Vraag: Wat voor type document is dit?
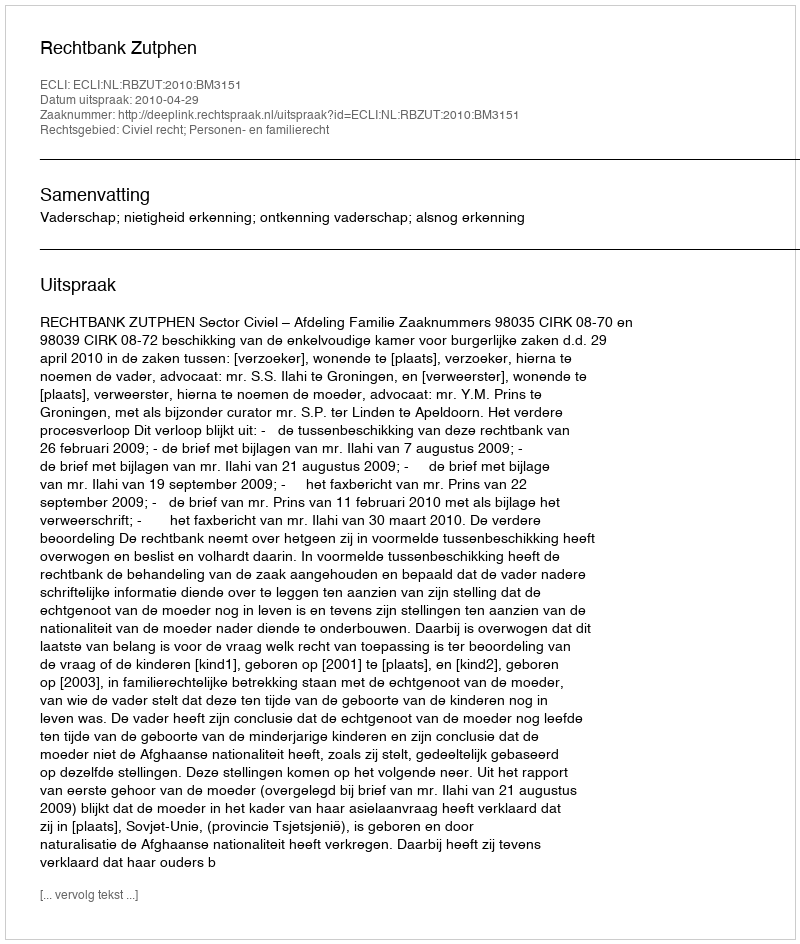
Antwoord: Uitspraak